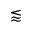
\lessapprox